Indian journal of veterinary science and animal husbandry - Volumes 15-17, 1948-1951
Year: 1948
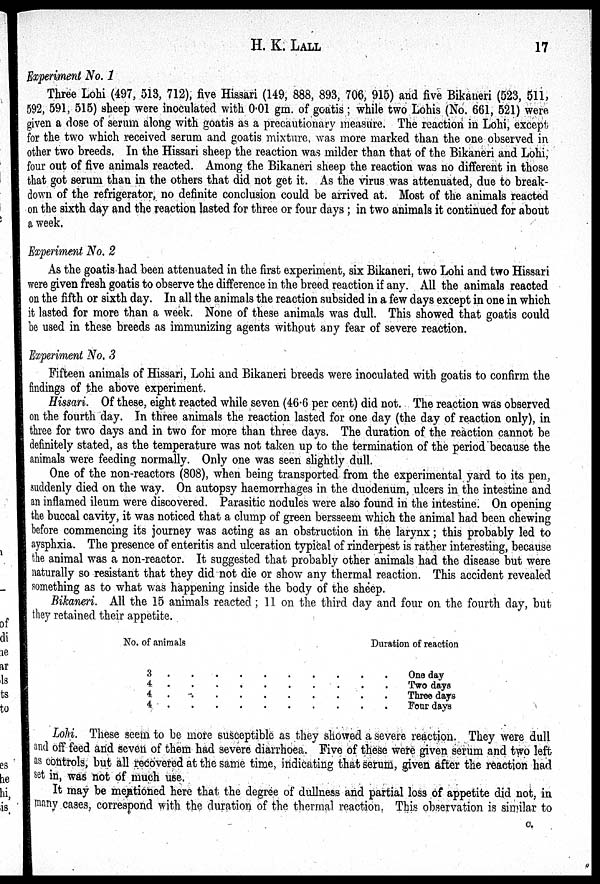
H. K.
LALL
17
Experiment No. 1
Three Lohi (497, 513, 712), five Hissari (149, 888, 893, 706, 915) and five Bikaneri (523, 511,
592, 591, 515) sheep were inoculated with 0.01 gm. of goatis ; while two Lohis (No. 661, 521) were
given a dose of serum along with goatis as a precautionary measure. The reaction in Lohi, except
for the two which received serum and goatis mixture, was more marked than the one observed in
other two breeds. In the Hissari sheep the reaction was milder than that of the Bikaneri and Lohi,
four out of five animals reacted. Among the Bikaneri sheep the reaction was no different in those
that got serum than in the others that did not get it. As the virus was attenuated, due to break-
down of the refrigerator, no definite conclusion could be arrived at. Most of the animals reacted
on the sixth day and the reaction lasted for three or four days ; in two animals it continued for about
a week.
Experiment No. 2
As the goatis had been attenuated in the first experiment, six Bikaneri, two Lohi and two Hissari
were given fresh goatis to observe the difference in the breed reaction if any. All the animals reacted
on the fifth or sixth day. In all the animals the reaction subsided in a few days except in one in which
it lasted for more than a week. None of these animals was dull. This showed that goatis could
be used in these breeds as immunizing agents without any fear of severe reaction.
Experiment No. 3
Fifteen animals of Hissari, Lohi and Bikaneri breeds were inoculated with goatis to confirm the
findings of the above experiment.
Hissari. Of these, eight reacted while seven (46.6 per cent) did not. The reaction was observed
on the fourth day. In three animals the reaction lasted for one day (the day of reaction only), in
three for two days and in two for more than three days. The duration of the reaction cannot be
definitely stated, as the temperature was not taken up to the termination of the period because the
animals were feeding normally. Only one was seen slightly dull.
One of the non-reactors (808), when being transported from the experimental yard to its pen,
suddenly died on the way. On autopsy haemorrhages in the duodenum, ulcers in the intestine and
an inflamed ileum were discovered. Parasitic nodules were also found in the intestine. On opening
the buccal cavity, it was noticed that a clump of green bersseem which the animal had been chewing
before commencing its journey was acting as an obstruction in the larynx; this probably led to
aysphxia. The presence of enteritis and ulceration typical of rinderpest is rather interesting, because
the animal was a non-reactor. It suggested that probably other animals had the disease but were
naturally so resistant that they did not die or show any thermal reaction. This accident revealed
something as to what was happening inside the body of the sheep.
Bikaneri. All the 15 animals reacted; 11 on the third day and four on the fourth, day, but
they retained their appetite.
No. of animals
3 . . . . . . . . . .
4 . . . . . . . . . .
4
.
.
.
.
.
.
.
.
.
.
4
.
.
.
.
.
.
.
.
.
.
Duration of reaction
One day
Two day
Three days
Four days
Lohi. These seem to be more susceptible as they showed a severe reaction. They were dull
and off feed and seven of them had severe diarrhoea. Five of these were given serum and two left
as controls, but all recovered at the same time, indicating that serum, given after the reaction had
set in, was not of much use
It may be mentioned here that the degree of dullness and partial loss of appetite did not, in
many cases, correspond with the duration of the thermal reaction. This observation is similar to